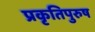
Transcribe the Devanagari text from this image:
प्रकृतिपुरुष